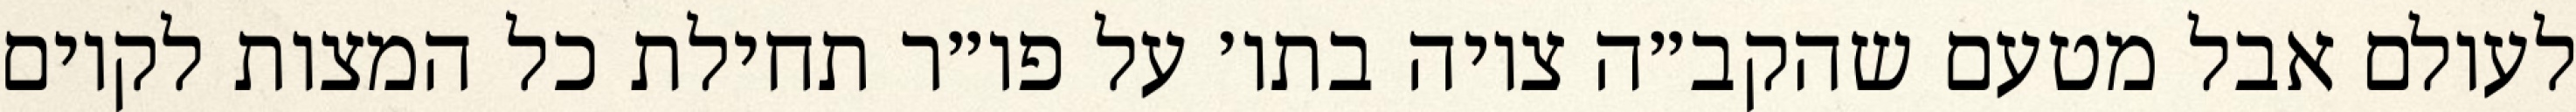
לעולם אבל מטעם שהקב״ה ציוה בתו׳ על פו״ר תחילת כל המצות לקיום